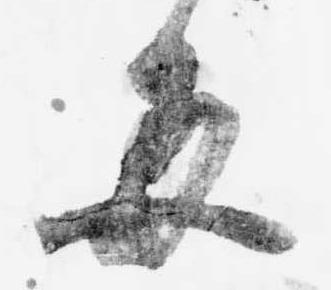
毎